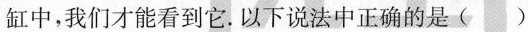
缸中，我们才能看到它。以下说法中正确的是 ()